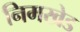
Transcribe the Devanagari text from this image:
निमखेड